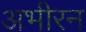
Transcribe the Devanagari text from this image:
अभीरन